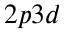
2 p 3 d